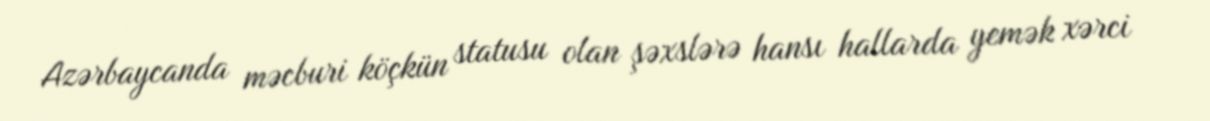
Azərbaycanda məcburi köçkün statusu olan şəxslərə hansı hallarda yemək xərci